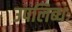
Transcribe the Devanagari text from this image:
उपलिब्धः